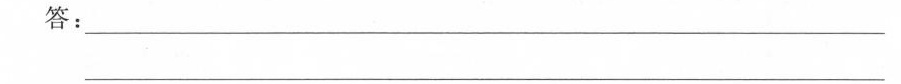
答：________